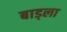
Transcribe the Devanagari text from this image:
बाड्ला